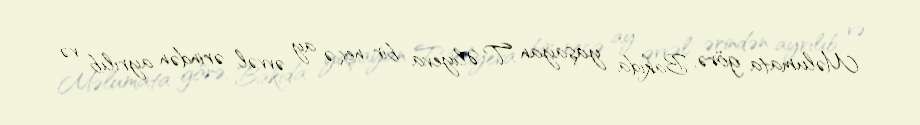
Məlumata görə, Bakıda yaşayan T.Əliyeva bir neçə ay əvvəl ərindən ayrılıb və